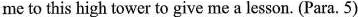
me to this high tower to give me a lesson. (Para. 5)